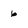
Character: 6